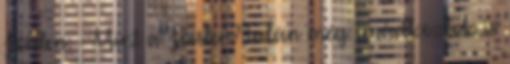
Jóisten. - Mint a Jóisten? Talán még imádkoztok is